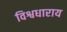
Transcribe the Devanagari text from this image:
विश्वधाराय